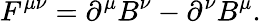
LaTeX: F^{\mu\nu}=\partial^{\mu}B^{\nu}-\partial^{\nu}B^{\mu}.